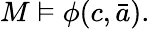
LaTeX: M\vDash\phi(c,{\bar{a}}).